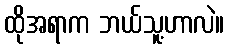
ထိုအရာက ဘယ်သူ့ဟာလဲ။